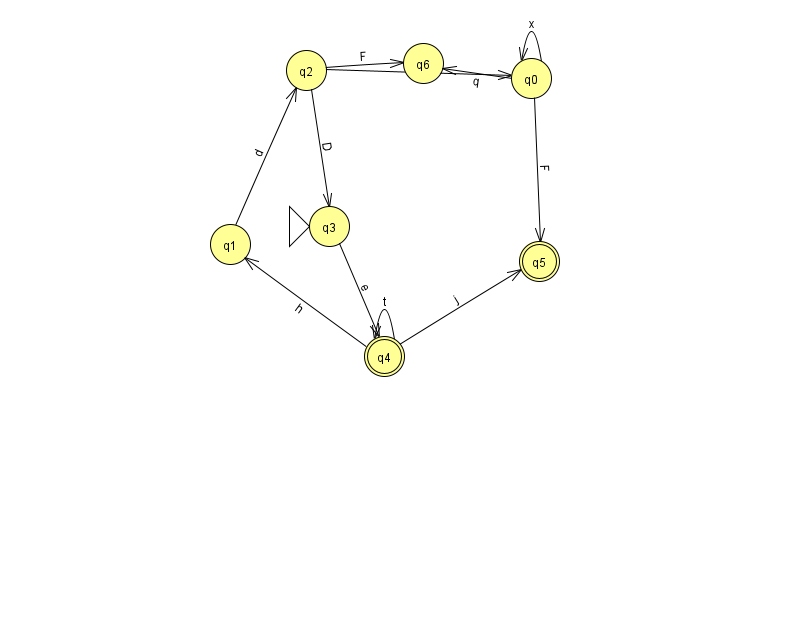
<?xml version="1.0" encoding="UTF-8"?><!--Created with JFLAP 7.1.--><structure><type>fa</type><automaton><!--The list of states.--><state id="0" name="q0"><x>531.0</x><y>65.0</y></state><state id="1" name="q1"><x>230.0</x><y>231.0</y></state><state id="2" name="q2"><x>306.0</x><y>57.0</y></state><state id="3" name="q3"><x>329.0</x><y>213.0</y><initial/></state><state id="4" name="q4"><x>384.0</x><y>343.0</y><final/></state><state id="5" name="q5"><x>539.0</x><y>248.0</y><final/></state><state id="6" name="q6"><x>423.0</x><y>50.0</y></state><!--The list of transitions.--><transition><from>0</from><to>6</to><read>q</read></transition><transition><from>2</from><to>3</to><read>D</read></transition><transition><from>4</from><to>4</to><read>t</read></transition><transition><from>4</from><to>5</to><read>j</read></transition><transition><from>0</from><to>0</to><read>x</read></transition><transition><from>0</from><to>5</to><read>F</read></transition><transition><from>2</from><to>6</to><read>F</read></transition><transition><from>2</from><to>0</to><read>g</read></transition><transition><from>1</from><to>2</to><read>d</read></transition><transition><from>3</from><to>4</to><read>e</read></transition><transition><from>4</from><to>1</to><read>h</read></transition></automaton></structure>